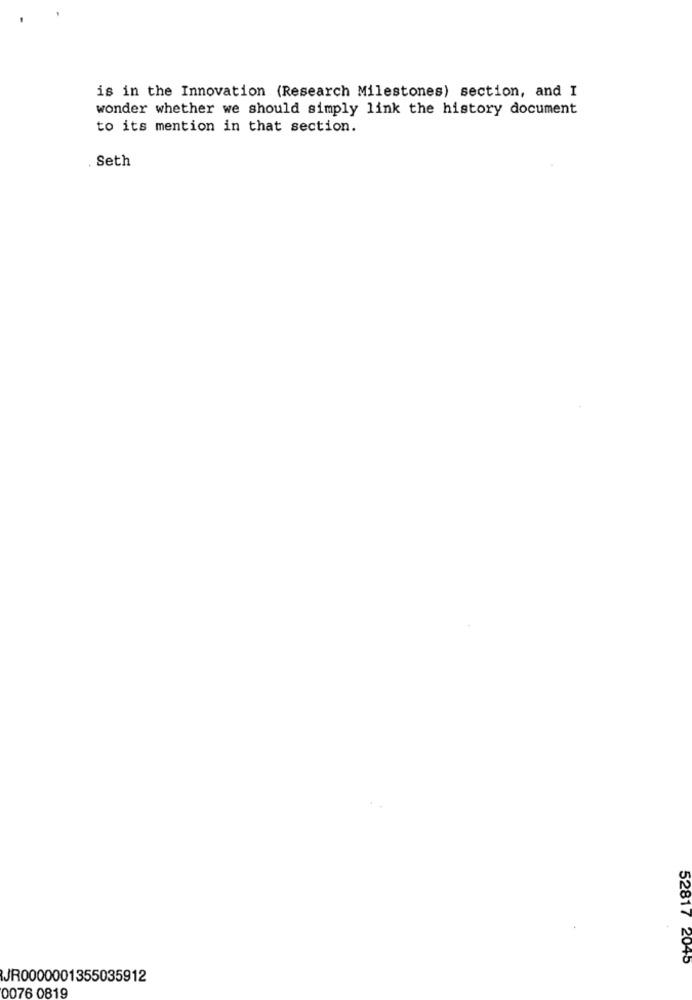
is in the Innovation (Research Milestones) section, and I
wonder whether we should simply link the history document
to its mention in that section.
Seth
52817 2045
JR0000001355035912
0076 0819